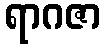
ရာဂဇာ